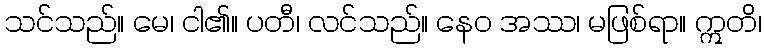
သင်သည်။ မေ၊ ငါ၏။ ပတီ၊ လင်သည်။ နေဝ အဿ၊ မဖြစ်ရာ။ ဣတိ၊